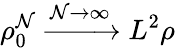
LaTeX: \rho_{0}^{\mathcal{N}}\xrightarrow{{\mathcal{N}\rightarrow\infty}}{{L^{2}}}\rho